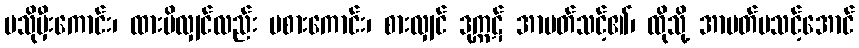
မသိုမှီးကောင်း၊ ထားမိလျှင်လည်း မစားကောင်း၊ စားလျှင် ဒုက္ကဋ် အာပတ်သင့်၏၊ ထိုသို့ အာပတ်မသင့်အောင်